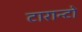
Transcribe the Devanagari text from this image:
टारान्टो